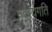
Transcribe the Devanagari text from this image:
प्रदायगति